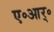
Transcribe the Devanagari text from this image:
ए॰आर्॰